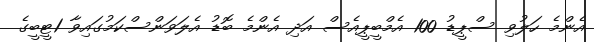
އެންމެ ހަލުވި ސްޕީޑު 100 އެމްބީޕީއެސް އަދި އެންމެ ބޮޑު އެލަވަންސްކަމުގައިވާ 1ޓީބީގެ